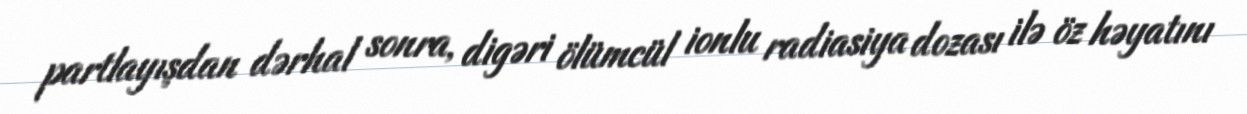
partlayışdan dərhal sonra, digəri ölümcül ionlu radiasiya dozası ilə öz həyatını